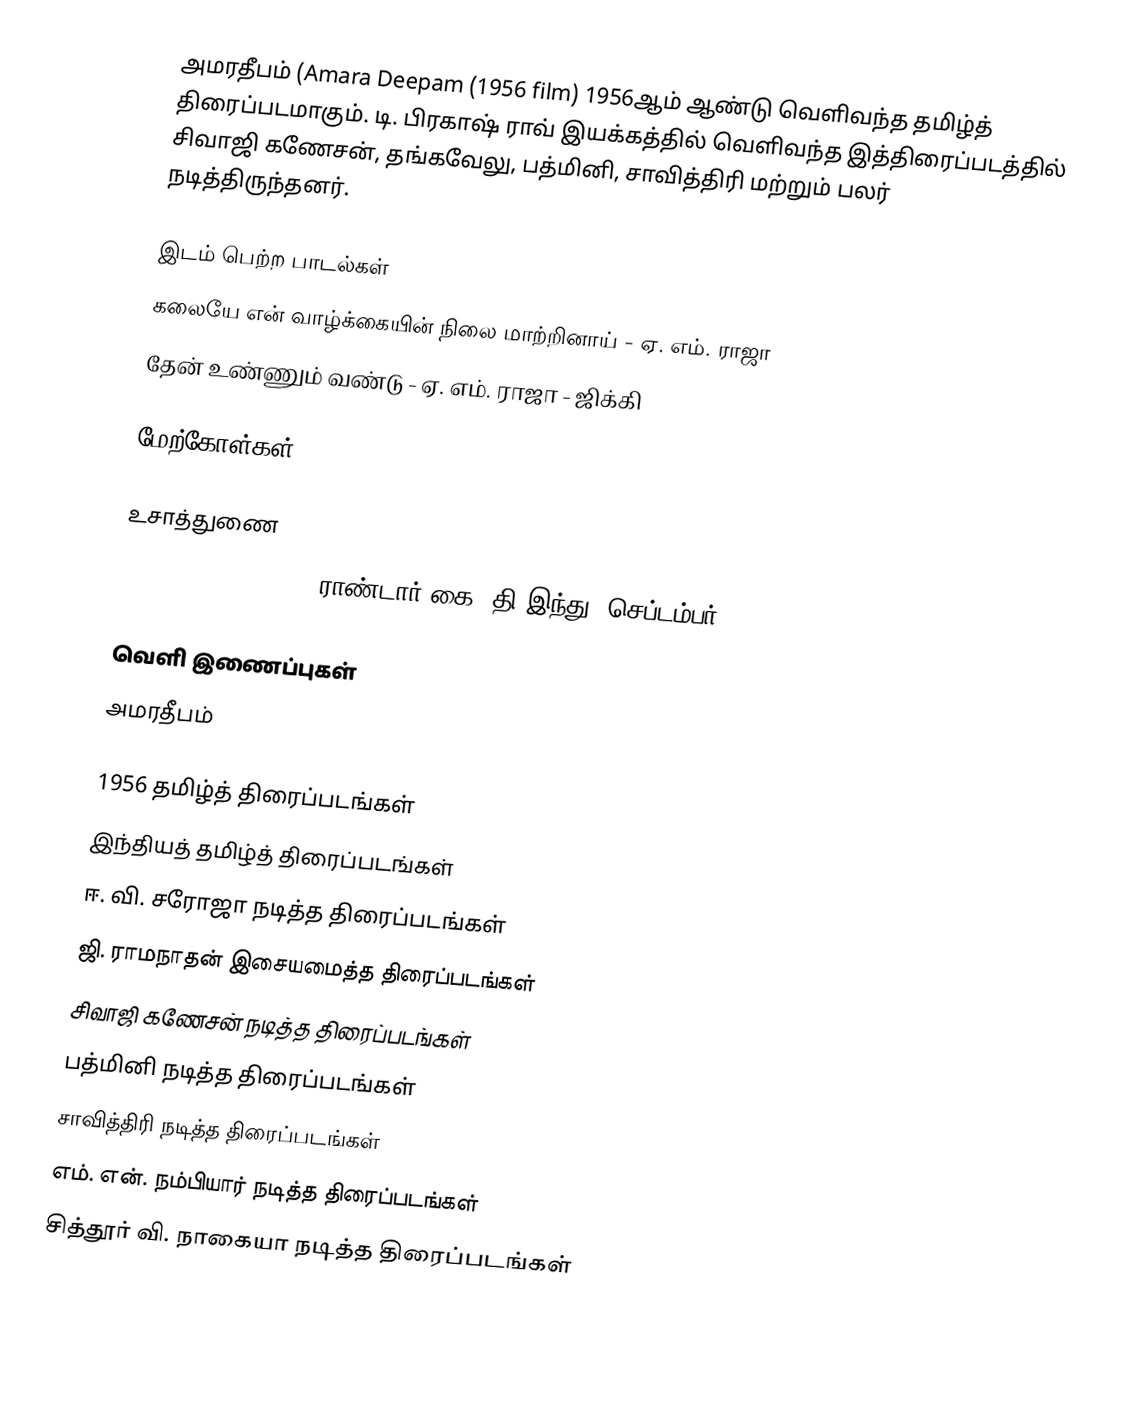
அமரதீபம் (Amara Deepam (1956 film) 1956ஆம் ஆண்டு வெளிவந்த தமிழ்த் திரைப்படமாகும். டி. பிரகாஷ் ராவ் இயக்கத்தில் வெளிவந்த இத்திரைப்படத்தில் சிவாஜி கணேசன், தங்கவேலு, பத்மினி, சாவித்திரி மற்றும் பலர் நடித்திருந்தனர்.

இடம் பெற்ற பாடல்கள்
 கலையே என் வாழ்க்கையின் நிலை மாற்றினாய் - ஏ. எம். ராஜா
 தேன் உண்ணும் வண்டு - ஏ. எம். ராஜா - ஜிக்கி

மேற்கோள்கள்

உசாத்துணை
Amara Deepam (1956), ராண்டார் கை, தி இந்து, செப்டம்பர் 26, 2015

வெளி இணைப்புகள்
 அமரதீபம்

1956 தமிழ்த் திரைப்படங்கள்
இந்தியத் தமிழ்த் திரைப்படங்கள்
ஈ. வி. சரோஜா நடித்த திரைப்படங்கள்
ஜி. ராமநாதன் இசையமைத்த திரைப்படங்கள்
சிவாஜி கணேசன் நடித்த திரைப்படங்கள்
பத்மினி நடித்த திரைப்படங்கள்
சாவித்திரி நடித்த திரைப்படங்கள்
எம். என். நம்பியார் நடித்த திரைப்படங்கள்
சித்தூர் வி. நாகையா நடித்த திரைப்படங்கள்